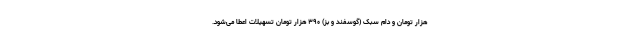
هزار تومان و دام سبک (گوسفند و بز) ۳۹۰ هزار تومان تسهیلات اعطا می‌شود.